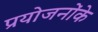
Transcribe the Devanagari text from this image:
प्रयोजनोंके